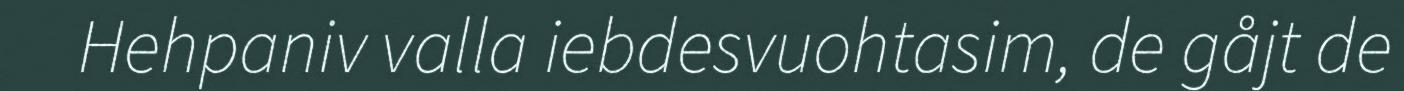
Hehpaniv valla iebdesvuohtasim, de gåjt de